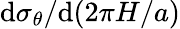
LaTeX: \mathrm{d}\sigma_{\theta}/\mathrm{d}(2\pi H/a)